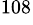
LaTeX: ^{108}